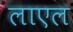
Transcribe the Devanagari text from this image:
लाएल